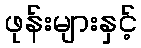
ဖုန်းများနှင့်